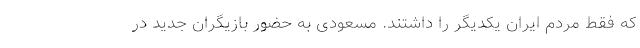
که فقط مردم ایران یکدیگر را داشتند. مسعودی به حضور بازیگران جدید در